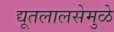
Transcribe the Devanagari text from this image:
द्यूतलालसेमुळे